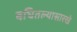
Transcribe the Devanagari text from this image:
बघितल्यासारखे